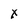
Character: x